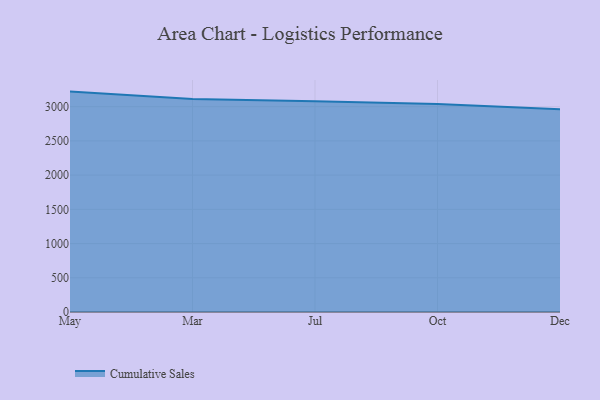
{"axis": {"x": "Month", "y": "Conversion Rate (%)"}, "legend": ["Cumulative Sales"], "data": [{"x": "May", "y": 3220.2, "type": "Cumulative Sales"}, {"x": "Mar", "y": 3113.5, "type": "Cumulative Sales"}, {"x": "Jul", "y": 3077.9, "type": "Cumulative Sales"}, {"x": "Oct", "y": 3038.6, "type": "Cumulative Sales"}, {"x": "Dec", "y": 2960.6, "type": "Cumulative Sales"}]}